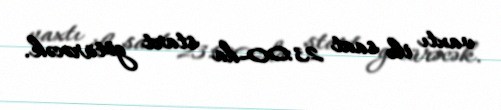
vaxtı ilə saat 23:00-da start götürəcək.